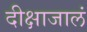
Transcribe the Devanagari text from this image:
दीक्षाजालं